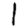
Digit: 1